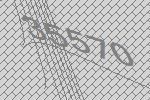
35570